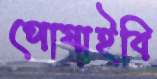
পোষাইবি